Vaccination in Bombay 1863-1868 - 1863-1868
Year: 1863
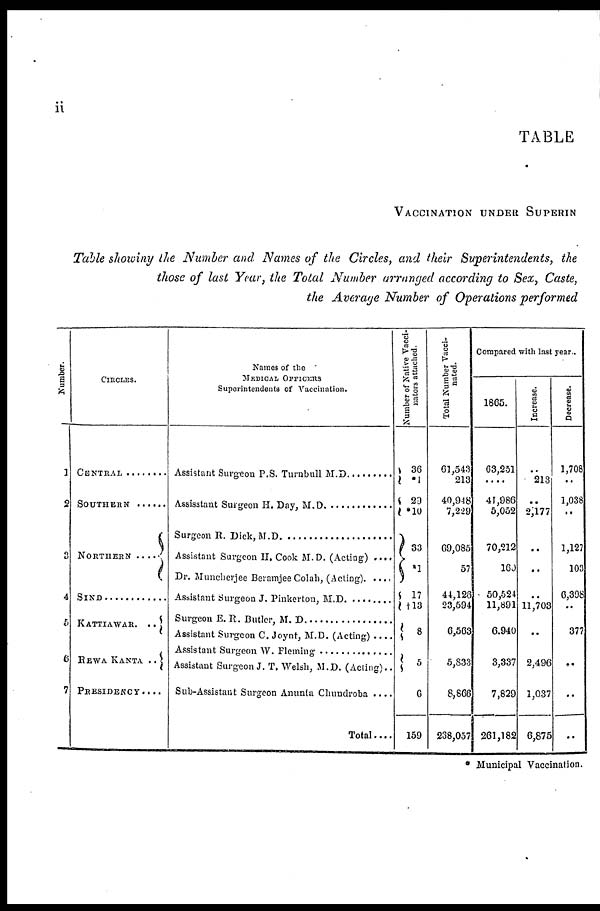
ii
TABLE
VACCINATION UNDER SUPERIN
Table showing the Number and Names of the Circles, and their Superintendents, the
those of last Year, the Total Number arranged according to Sex, Caste,
the Average Number of Operations performed
Number.
1
2
3
4
5
6
7
CIRCLES.
CENTRAL . . . . . . . .
SOUTHERN . . . . . .
NORTHERN. . .
SIND . . . . . . . . . . . . .
KATTIAWAR. ..
REWA KANTA ..
PRESIDENCY.. ..
Names of the
MEDICAL OFFICERS
Superintendents of Vaccination.
Assistant Surgeon P. S. Turnbull M. D. . . . . . . . . . .
Assistant Surgeon H. Day, M. D. . . . . . . . . . . . . . . .
Surgeon R. Dick, M.D. . . . . . . . . . . . . . . . . . . . .
Assistant Surgeon II. Cook M.D. (Acting) . . . .
Dr. Muncherjee Beramjee Colah, (Acting) . . . .
Assistant Surgeon J. Pinkerton, M.D. . . . . . . . . . .
Assistant E.R. Butler, M.D. . . . . . . . . . . . . . . . .
Assistant Surgeon C. Joynt, M.D. (Acting)
Assistant Surgeon W. Fleming . . . . . . . . . . . . . .
Assistant Surgeon J. T.Welsh, M.D. (Acting)..
Sub-Assistant Surgeon Anunta Chundroba . . . .
Total . . . .
Number of Native Vacci-
nators attached.
36
*1
29
*10
33
*1
17
†13
8
5
6
159
Total Number Vacci-
nated.
61,543
213
40,948
7,229
69,085
57
44,126
23,594
6,563
5,833
8,866
268,057
Compared with last year..
1865.
63,251
....
41,986
5,052
70,212
160
50,524
11,891
6,940
3,337
7,829
261,182
Increase.
..
213
..
2,177
..
..
..
11,703
..
2,496
1,037
6,875
Decrease.
1,708
..
1,038
..
1,127
103
6,398
..
377
..
..
..
* Municipal Vaccination.